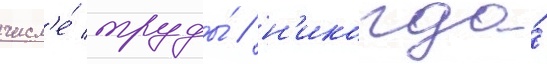
числ'е́ труды́ / н'икогда́